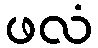
ဖလံ